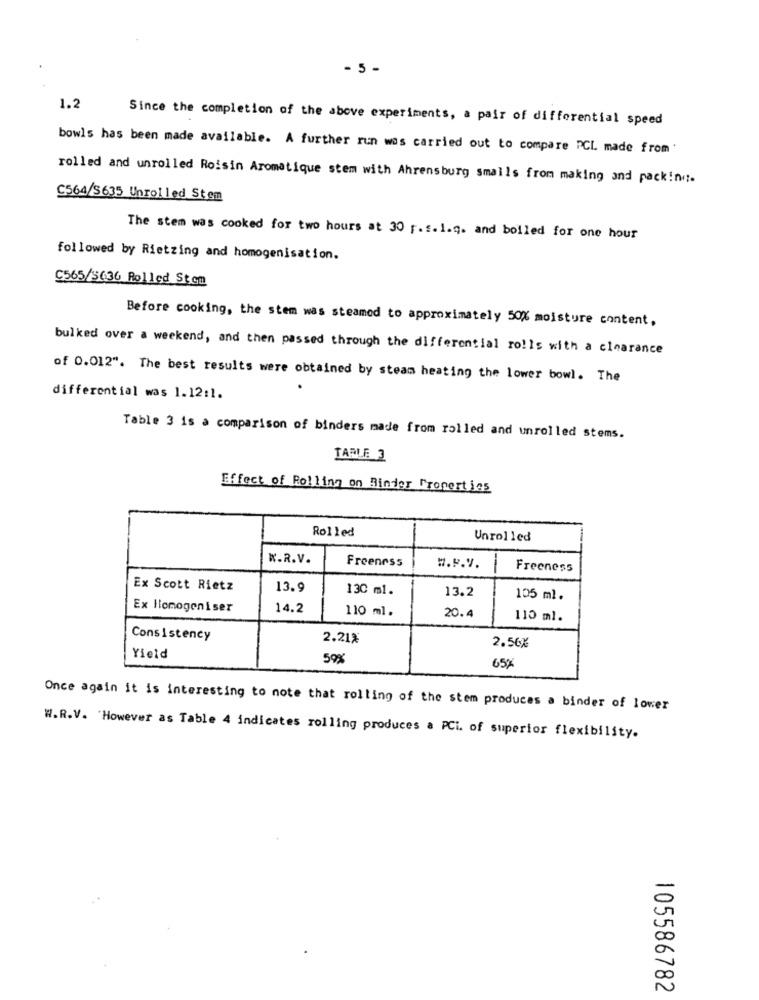
- 5 -
1.2
Since the completion of the above experiments, a pair of differential speed
bowls has been made available. A further run was carried out to compare PCL made from:
rolled and unrolled Roisin Aromatique stem with Ahrensburg smalls from making and pack!no.
C564/5635 Unrolled Stem
The stem was cooked for two hours at 30 f. f. 1.q. and boiled for one hour
followed by Rietzing and homogenisation.
C565/5436 Rolled Stcm
Before cooking, the stem was steamed to approximately 50% moisture content.
bulked over a weekend, and then passed through the differential rolls with a clearance
of 0.012". The best results were obtained by steam heating the lower bowl. The
.
differential was 1.12:1.
Table 3 is a comparison of binders made from rolled and unrolled stems.
TABLE 3
Effect of Rolling on Binder Properties
Rolled
Unrolled
W.R.V.
Freeness
W.P.V.
-
Freeness
Ex Scott Rietz
13.9
130 ml.
13.2
105 ml.
Ex Homogeniser
14.2
110 ml.
20.4
110 ml.
Consistency
2.21%
2.56%
Yield
59%
65%
Once again it is interesting to note that rolling of the stem produces a binder of lower
W.R.V. However as Table 4 indicates rolling produces a PCi. of superior flexibility.
=
00
105586782